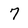
Character: 7